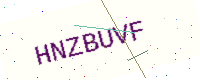
Text: HNZBUVF